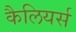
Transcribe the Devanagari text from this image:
कैलियर्स